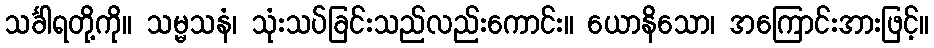
သင်္ခါရတို့ကို။ သမ္မသနံ၊ သုံးသပ်ခြင်းသည်လည်းကောင်း။ ယောနိသော၊ အကြောင်းအားဖြင့်။